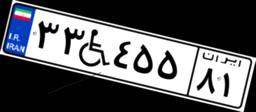
۳۳W۴۵۵۸۱